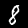
Label: 8